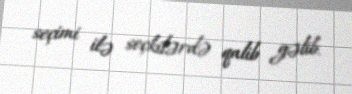
seçimi ilə seçkilərdə qalib gəlib.